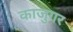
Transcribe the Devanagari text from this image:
काजुगर